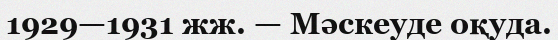
1929—1931 жж. — Мәскеуде оқуда.